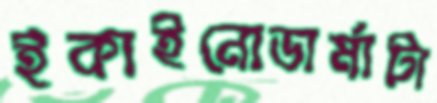
ইকাইনোডার্মাটা